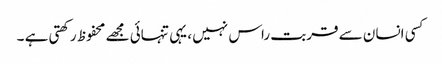
کسی انسان سے قربت راس نہیں ، یہی تنہائی مجھے محفوظ رکھتی ہے ۔